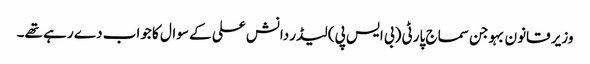
وزیر قانون بہوجن سماج پارٹی (بی ایس پی) لیڈر دانش علی کے سوال کا جواب دے رہے تھے۔